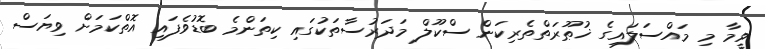
ވީމާ މި މައްސަލައިގެ ޚުޠޫރަތްތެރިކަން ސްކޫލް މަދަރުސާތަކުގައި ކިތަންމެ ބޮޑުވެފައި އޮތްކަމަށް ވިޔަސް